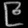
Digit: ၉